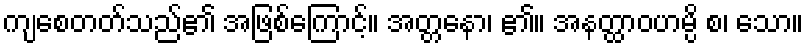
ကျစေတတ်သည်၏ အဖြစ်ကြောင့်။ အတ္တနော၊ ၏။ အနတ္ထာဝဟမ္ပိ စ၊ သော။